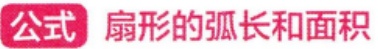
公式 扇形的弧长和面积